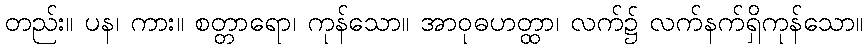
တည်း။ ပန၊ ကား။ စတ္တာရော၊ ကုန်သော။ အာဝုဓဟတ္ထာ၊ လက်၌ လက်နက်ရှိကုန်သော။